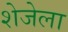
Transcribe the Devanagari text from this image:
शेजेला